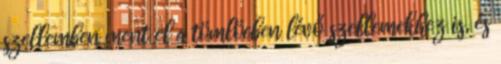
szellemben ment el a tömlöcben lévő szellemekhez is, és